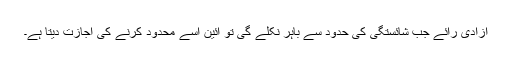
آزادی رائے جب شائستگی کی حدود سے باہر نکلے گی تو آئین اسے محدود کرنے کی اجازت دیتا ہے۔